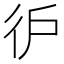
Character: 㣗